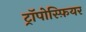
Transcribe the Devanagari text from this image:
ट्रॉपोस्फ़ियर